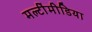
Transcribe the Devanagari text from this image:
मल्टींमीडिया